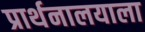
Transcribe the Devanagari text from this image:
प्रार्थनालयाला